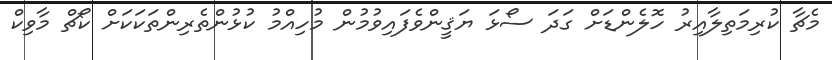
މެޗާ ކުރިމަތިލާއިރު ހޮލެންޑަށް ގަދަ ސޯޅަ ޔަޤީންވެފައިވުމުން މުހިއްމު ކުޅުންތެރިންތަކަކަށް ކޯޗް މާވިކް